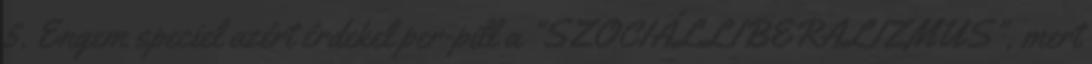
5. Engem speciel azért érdekel per-pill a "SZOCIÁLLIBERALIZMUS", mert